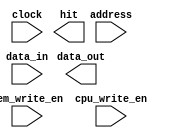

module cache #(
    parameter XLEN = 32,
    parameter NWAYS = 8,
    parameter LINE_SIZE = 64,
    parameter SIZE = 512
)(
    input clock,
    input mem_write_en,
    input cpu_write_en,
    input [XLEN - 1:0] address,
    input [8 * LINE_SIZE - 1:0] data_in,
    output reg [8 * LINE_SIZE - 1:0] data_out,
    output hit
);
    // TODO: implement cache and its replace algorithm
endmodule